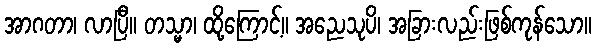
အာဂတာ၊ လာပြီ။ တသ္မာ၊ ထို့ကြောင့်။ အညေသုပိ၊ အခြားလည်းဖြစ်ကုန်သော။